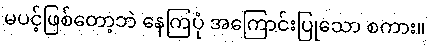
မပင့်ဖြစ်တော့ဘဲ နေကြပုံ အကြောင်းပြုသော စကား။